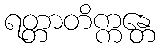
ရတ္တာတိက္ကန္တေ